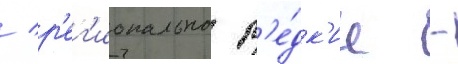
/ р'ег'ионально р'е́дк'ие -